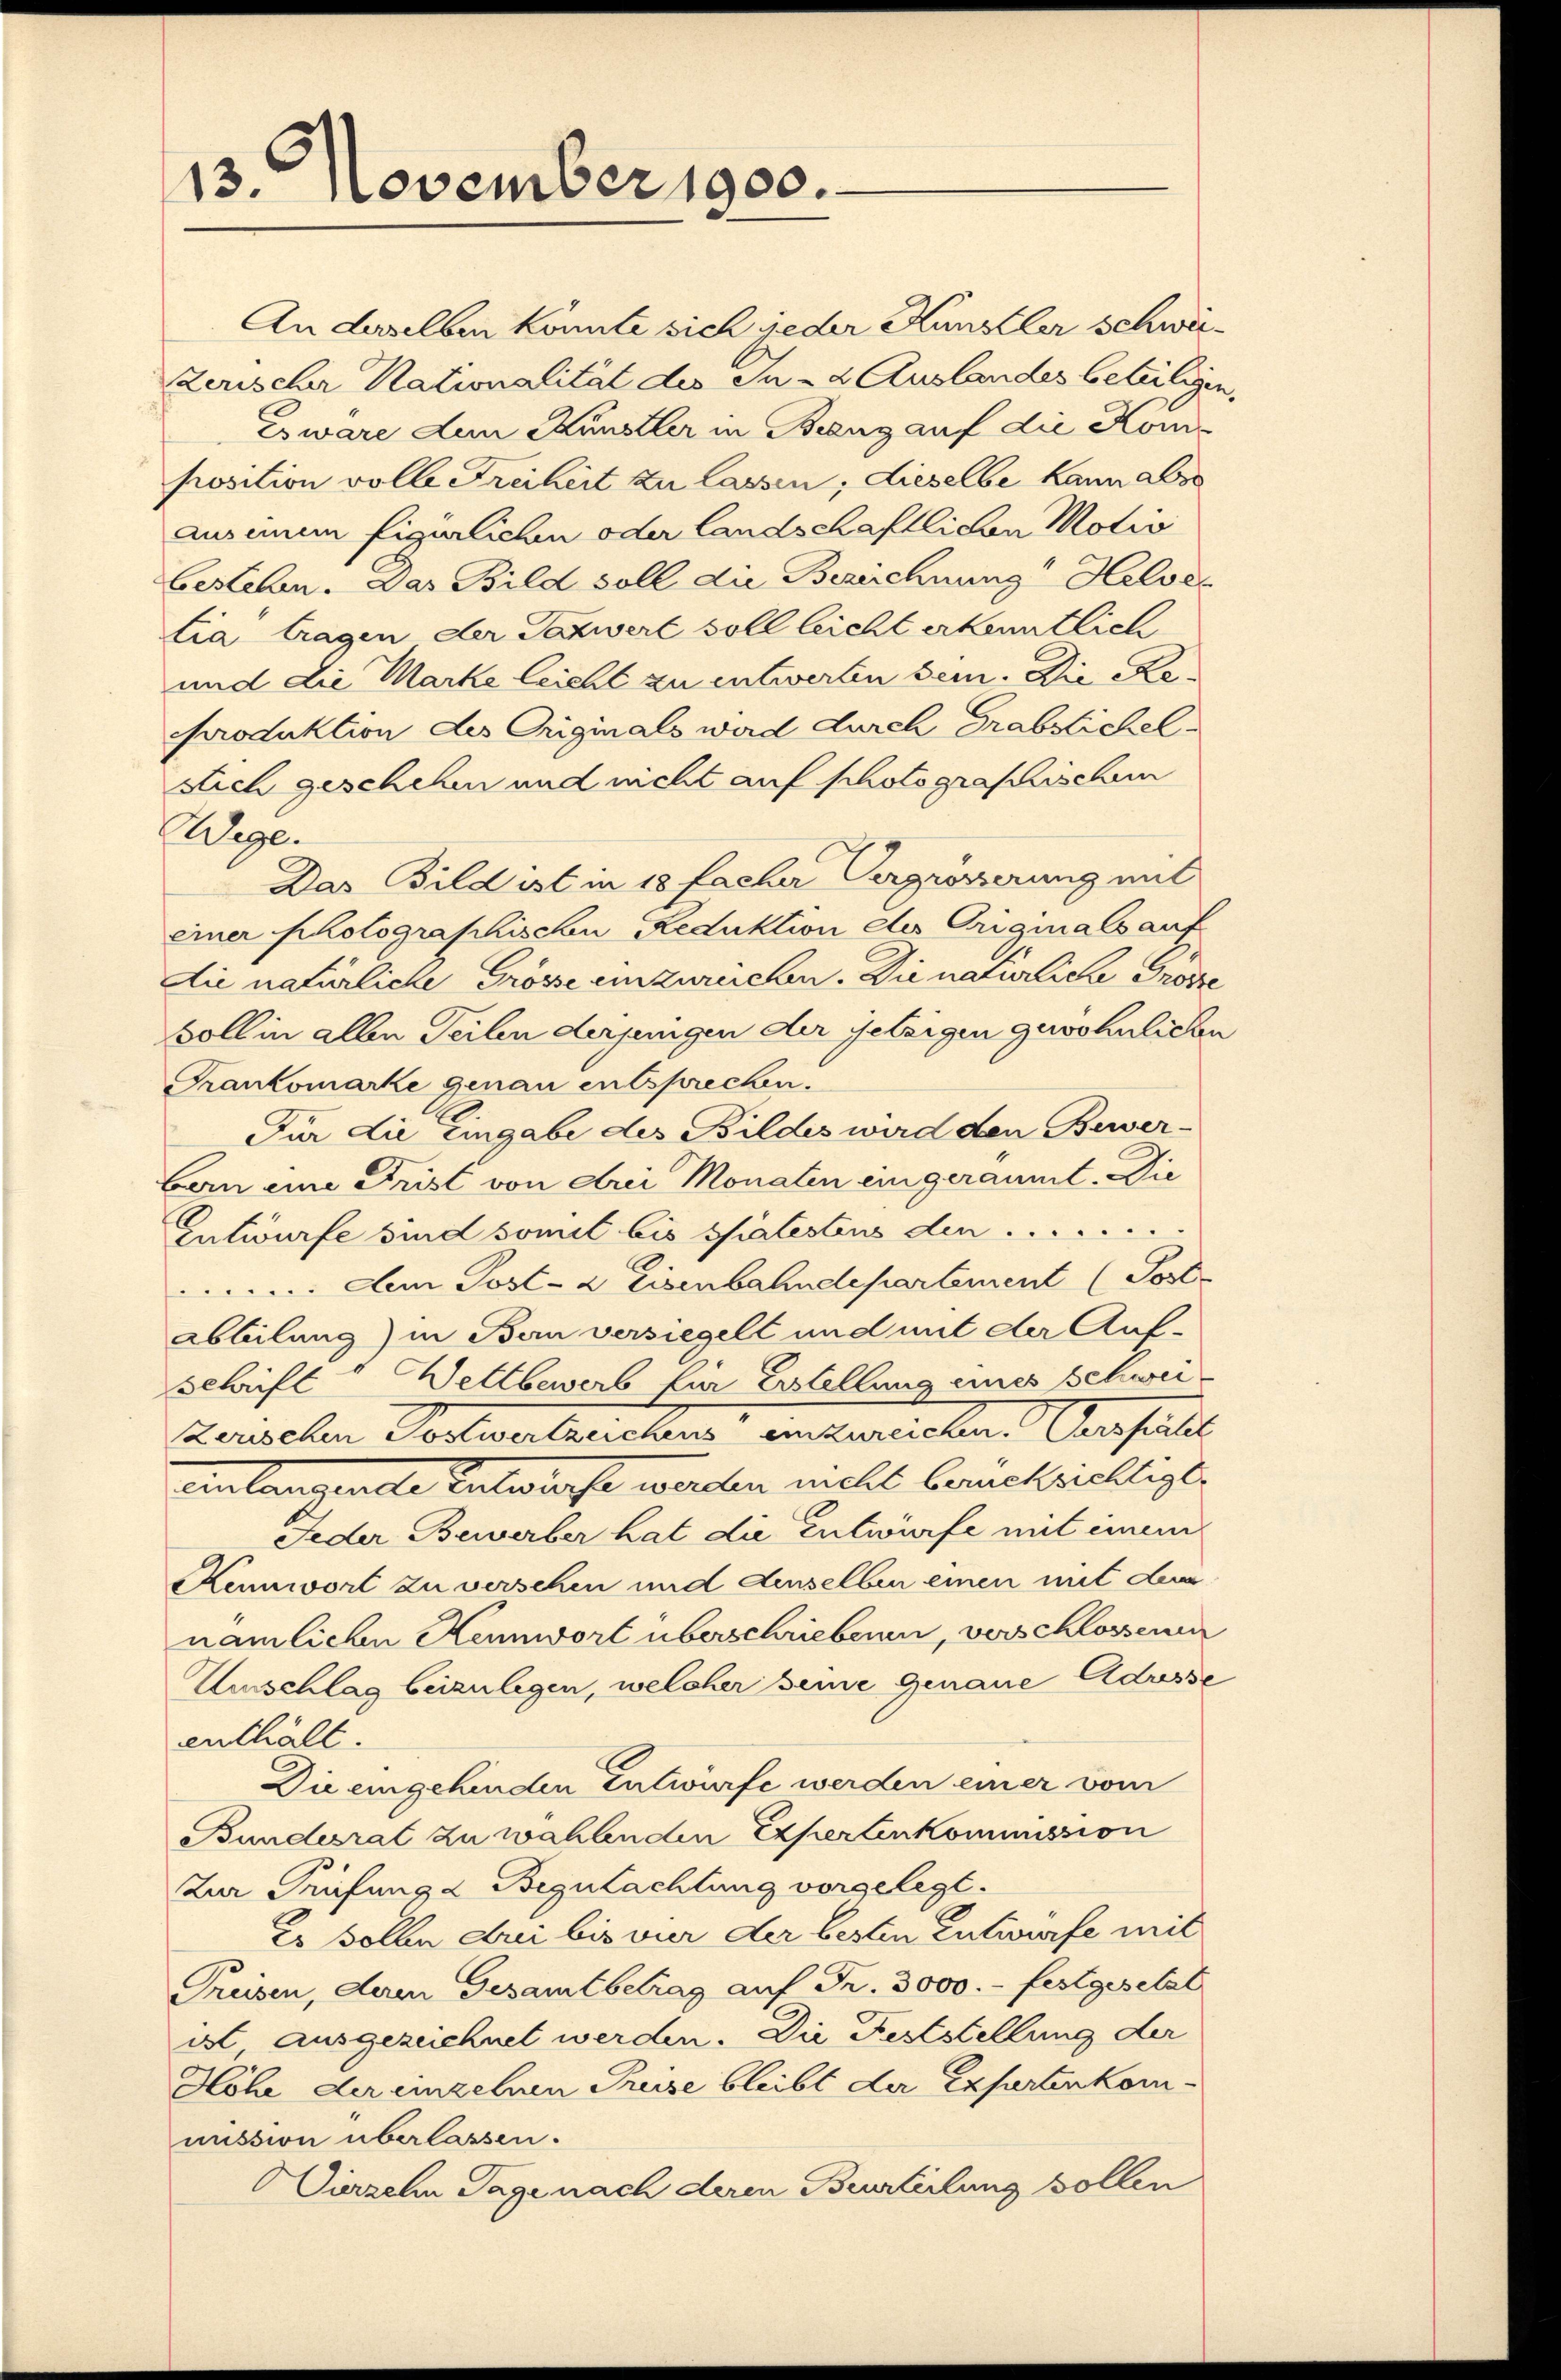
13. November 1900.

Es wäre den Künstler in Bezug auf die Komposition volle Freiheit zu lassen; dieselbe kann aber
auseum figlichen oder landschaftlichen Motiv
bestehen. Das Bild soll die Bezeichnung Helvelia tragen der Taxwert soll leicht erkenntlich
und die Marke leicht zu entwerten sein. Die Re
Produktion des Originals wird durch Grabsichelsich geschehen und nicht auf photograschischen
Wege.
Das Bild ist in 18 facher Vergrösserung mit
einer Photographischen Reduktion des Originals auf
die natürliche Grösse einzureichen. Die natürliche Proze
soll in allen Teilen derjenigen der jetzigen gewöhnlichen
Frankomarke genau entsprechen.
Für die Eingabe des Bildes wird den Bewer-
ben eine Frist von drei Monaten eingeräumt. Die
Entwurfe sind somit bis spätestens den
Aem Post- & Eisenbahndepartement (Post-
Abbilung) in Bern versiegelt und mit der Auf-
Schrift - Wettbewerb für Erstellung eines Schwei
zerischen Postwertzeichens einzureichen. Verspätet
Anlang alle Entwicht werden melle Carnekroltige
Jeder Bewerber hat die Entwurfe mit einem
Kenwort zu verschen und denselben einen mit dem
nämlichen Hennwort überschriebenen, verschlossenen
Unschlag beizulegen, welcher seine genaue Adresse
enthält.
Die eingehenden Entwurfe werden einer vom
Bundesrat zu wählenden Experten Kommission
Zur Prüfung d Begutachtung vorgelegt.
Es sollen Dui bis vier der besten Entwurfe mit
Preisen, deren Gesamtbetrag auf Fr. 3000.- festgesetzt
ist ausgezeichnet werden. Die Feststellung der
Höhe der einzelnen Preise bleibt der Expertenkommission überlassen.
Dirzel Tage nach deren Beurteilung sollen

An derselben könnte sich jeder Künstler schwei¬
Zerischer Nationalität des In- & Auslandes beteiligen.